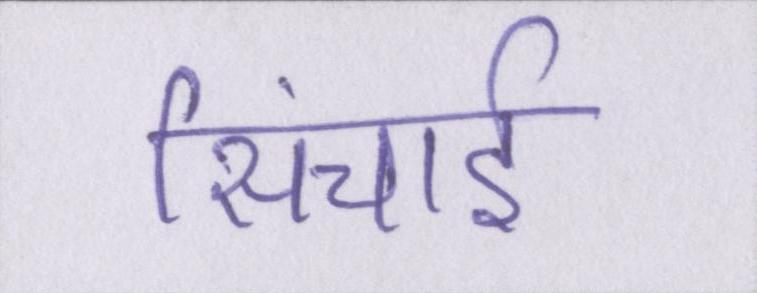
सिंचाई